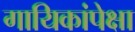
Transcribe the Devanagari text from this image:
गायिकांपेक्षा